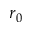
r _ { 0 }